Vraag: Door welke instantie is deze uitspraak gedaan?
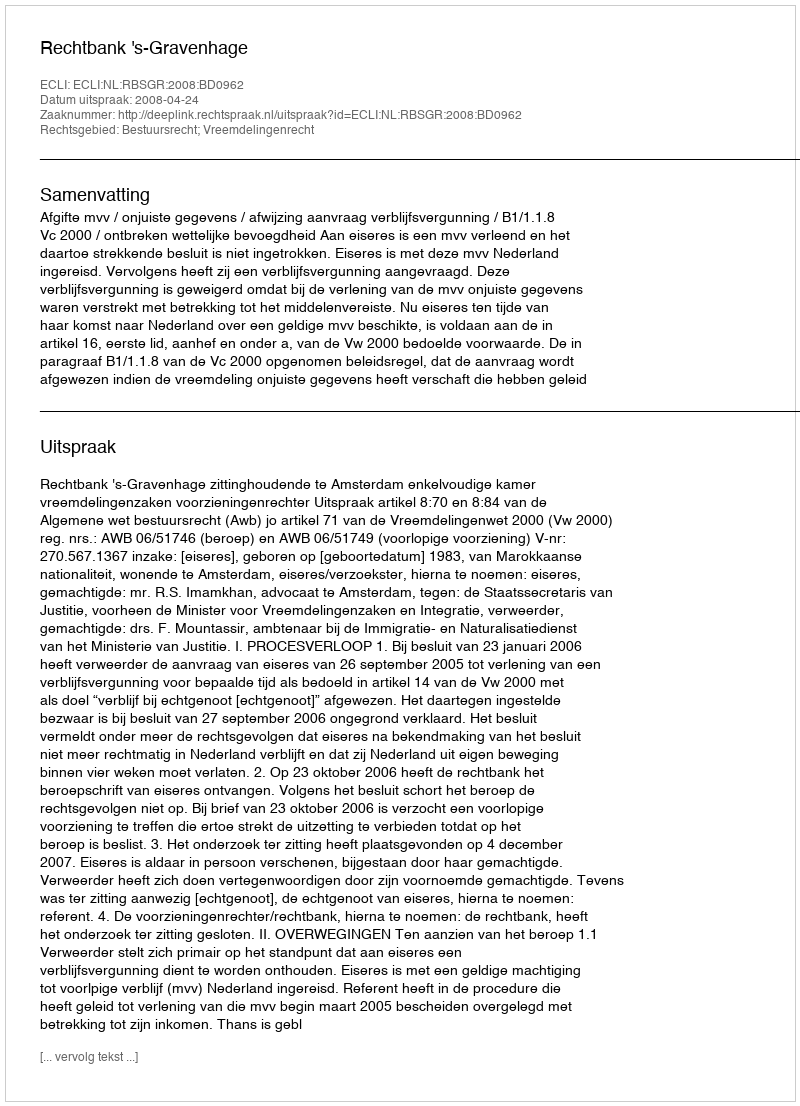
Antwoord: Rechtbank 's-Gravenhage